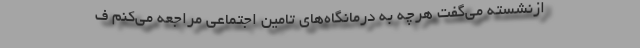
ازنشسته می‌گفت هرچه به درمانگاه‌های تامین اجتماعی مراجعه می‌کنم ف